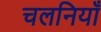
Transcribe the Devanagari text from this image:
चलनियाँ